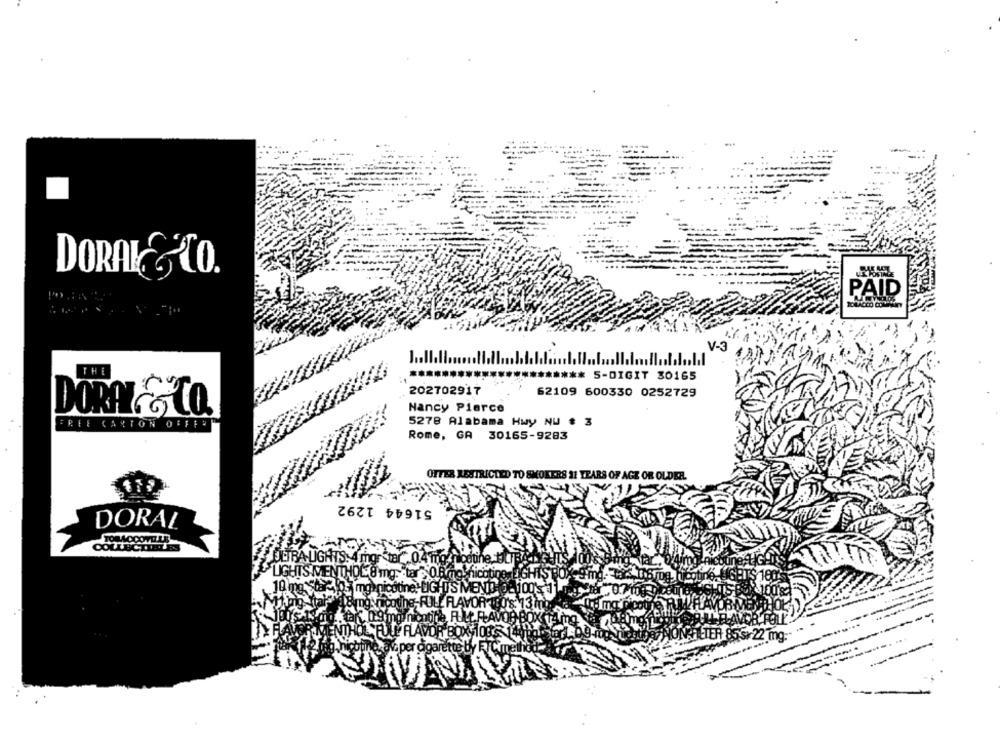
DORAK& CO.
PAID
V-3 AA
THE
** 5-DIGIT 30165
202702917
62109 600330 0252729
Nancy Pierce
DORAY& CO.
5278 Alabama Hwy NU # 3
FREE CARTON OFFER
Rome, GA 30165-9283
OFFER RESTRICTED TO SMOKERS 21 YEARS OF AGE OR OLDER
51644 1292
DORAL
Šnicat
mg
cotine! LIGHTS MENTE
amng mocoting-FULL FLAVOR-19
fonti
SEULE FLAVOR BOX 1088
ma
per cigarette by FTC